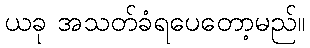
ယခု အသတ်ခံရပေတော့မည်။